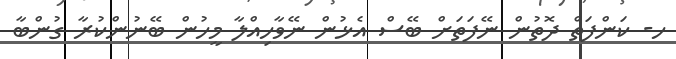
ހ- ކަންފަތް ދޮތުން ނޭފަތަށް ބޭސް އެޅުން ނޭވާހިއްލާ މީހުން ބޭނުންކުރާ ގުންބާ